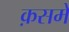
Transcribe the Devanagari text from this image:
क़समे